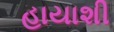
હાયાશી